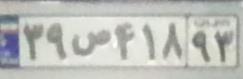
۳۹ص۴۱۸۹۳